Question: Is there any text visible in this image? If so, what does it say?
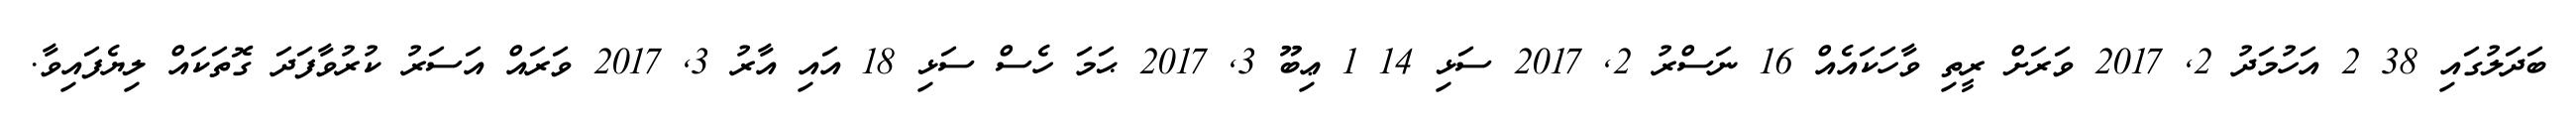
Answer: ބަދަލުގައި 38 2 އަހުމަދު 2, 2017 ވަރަށް ރީތި ވާހަކައެއް 16 ނަސްރު 2, 2017 ސަޅި 14 1 ޢިބޫ 3, 2017 ޙަމަ ހެސް ސަޅި 18 އައި އާރު 3, 2017 ވަރައް އަސަރު ކުރުވާފަދަ ގޮތަކައް ލިޔެފައިވާ.